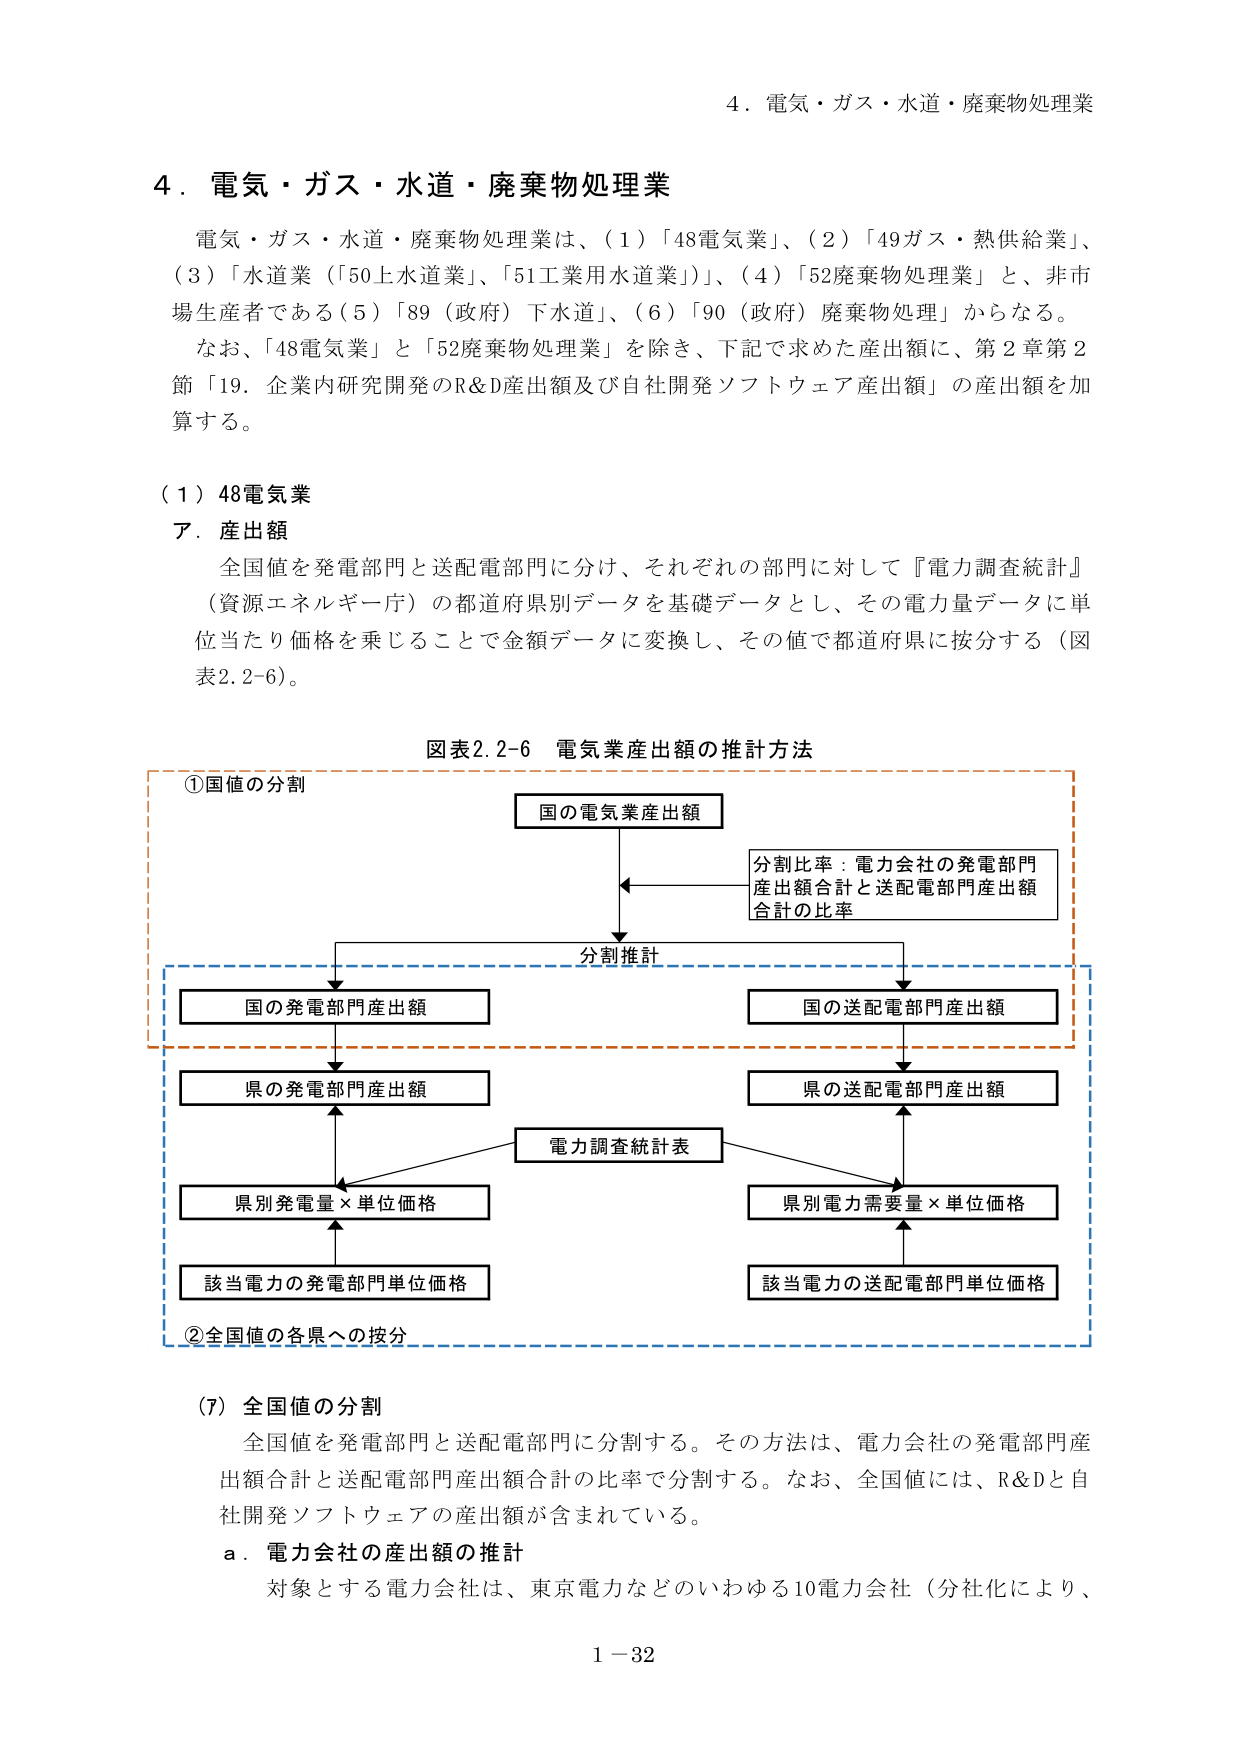
4．電気・ガス・水道・廃棄物処理業

4．電気・ガス・水道・廃棄物処理業
電気・ガス・水道・廃棄物処理業は、（1）「48電気業」、（2）「49ガス・熱供給業」、
（3）「水道業（「50上水道業」、「51工業用水道業」）」、（4）「52廃棄物処理業」と、非市
場生産者である（5）「89（政府）下水道」、（6）「90（政府）廃棄物処理」からなる。
なお、「48電気業」と「52廃棄物処理業」を除き、下記で求めた産出額に、第2章第2
節「19．企業内研究開発のR&D産出額及び自社開発ソフトウェア産出額」の産出額を加
算する。

（1）48電気業
ア．産出額
全国値を発電部門と送配電部門に分け、それぞれの部門に対して『電力調査統計』
（資源エネルギー庁）の都道府県別データを基礎データとし、その電力量データに単
位当たり価格を乗じることで金額データに変換し、その値で都道府県に按分する（図
表2.2-6）。

図表2.2-6 電気業産出額の推計方法

①国値の分割
国の電気業産出額
分割比率：電力会社の発電部門
産出額合計と送配電部門産出額
合計の比率
分割推計
国の発電部門産出額
国の送配電部門産出額
県の発電部門産出額
県の送配電部門産出額
電力調査統計表
県別発電量×単位価格
県別電力需要量×単位価格
該当電力の発電部門単位価格
該当電力の送配電部門単位価格
②全国値の各県への按分

（7）全国値の分割
全国値を発電部門と送配電部門に分割する。その方法は、電力会社の発電部門産
出額合計と送配電部門産出額合計の比率で分割する。なお、全国値には、R&Dと自
社開発ソフトウェアの産出額が含まれている。
a．電力会社の産出額の推計
対象とする電力会社は、東京電力などのいわゆる10電力会社（分社化により、

1－32